Scottish Certificate of Education, 1962
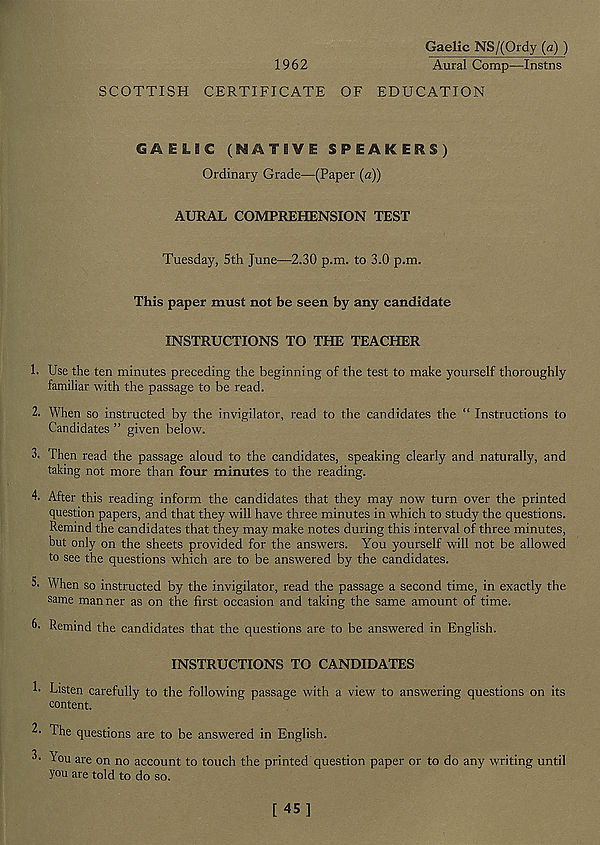
Gaelic NS/(Ordy (a) )
1962
Aural Comp—Instns
SCOTTISH CERTIFICATE OF EDUCATION
GAELIC (NATIVE SPEAKERS)
Ordinary Grade—(Paper (a))
AURAL COMPREHENSION TEST
Tuesday, 5th June—2.30 p.m. to 3.0 p.m.
This paper must not be seen by any candidate
INSTRUCTIONS TO THE TEACHER
!• Use the ten minutes preceding the beginning of the test to make yourself thoroughly
familiar with the passage to be read.
2. When so instructed by the invigilator, read to the candidates the “ Instructions to
Candidates ” given below.
3. Then read the passage aloud to the candidates, speaking clearly and naturally, and
taking not more than four minutes to the reading.
4. After this reading inform the candidates that they may now turn over the printed
question papers, and that they will have three minutes in which to study the questions.
Remind the candidates that they may make notes during this interval of three minutes,
but only on the sheets provided for the answers. You yourself will not be allowed
to see the questions which are to be answered by the candidates.
5. When so instructed by the invigilator, read the passage a second time, in exactly the
same manner as on the first occasion and taking the same amount of time.
Remind the candidates that the questions are to be answered in English.
INSTRUCTIONS TO CANDIDATES
h Listen carefully to the following passage with a view to answering questions on its
content.
L The questions are to be answered in English.
3. \'ou are on no account to touch the printed question paper or to do any writing until
you are told to do so.
[45]